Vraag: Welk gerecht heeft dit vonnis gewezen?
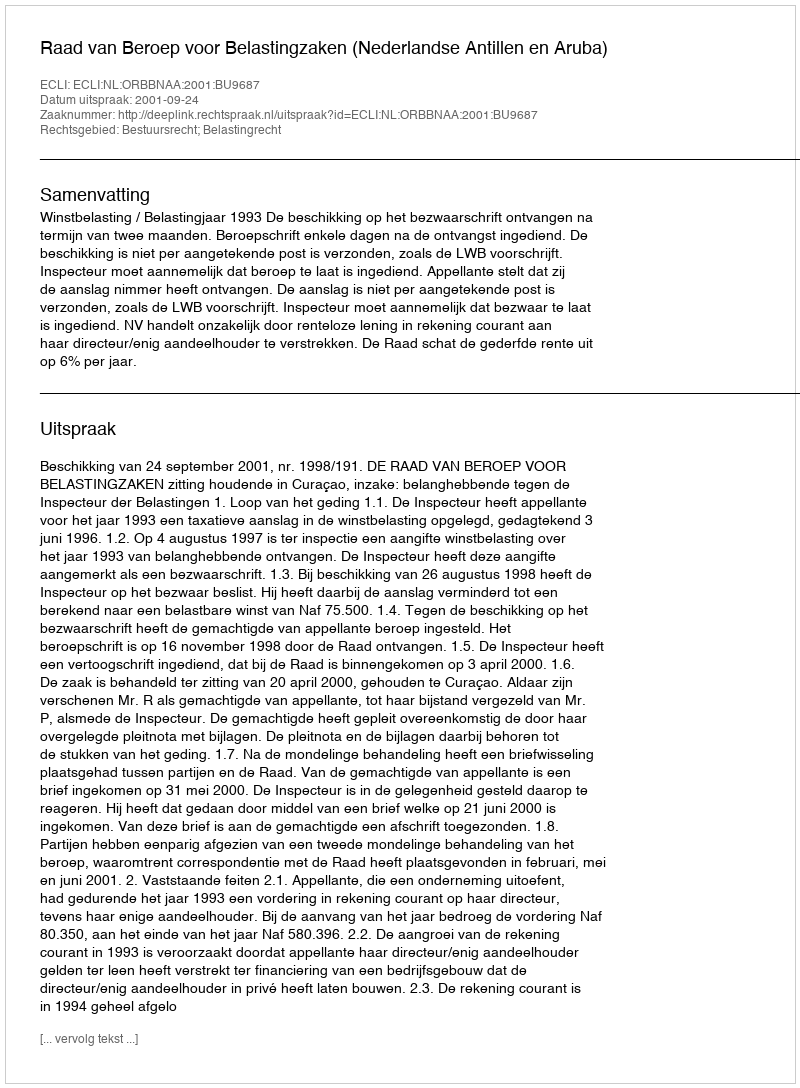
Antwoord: Raad van Beroep voor Belastingzaken (Nederlandse Antillen en Aruba)